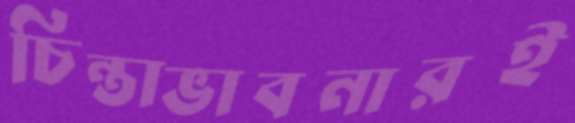
চিন্তাভাবনারই